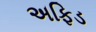
અફિડ